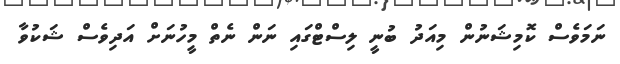
ނަމަވެސް ކޮމިޝަނުން މިއަދު ބުނީ ލިސްޓްގައި ނަން ނެތް މީހުނަށް އަދިވެސް ޝަކުވާ